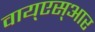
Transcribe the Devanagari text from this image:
वाय्‌एस्‌आर